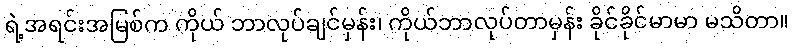
ရဲ့အရင်းအမြစ်က ကိုယ် ဘာလုပ်ချင်မှန်း၊ ကိုယ်ဘာလုပ်တာမှန်း ခိုင်ခိုင်မာမာ မသိတာ။